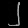
Digit: ၂